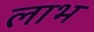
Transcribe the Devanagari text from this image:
लाभ